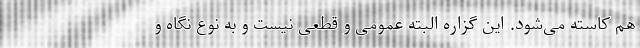
هم کاسته می‌شود. این گزاره البته عمومی و قطعی نیست و به نوع نگاه و